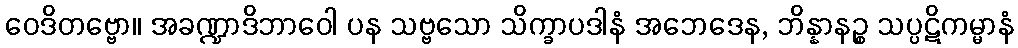
ဝေဒိတဗ္ဗော။ အခဏ္ဍာဒိဘာဝေါ ပန သဗ္ဗသော သိက္ခာပဒါနံ အဘေဒေန, ဘိန္နာနဉ္စ သပ္ပဋိကမ္မာနံ